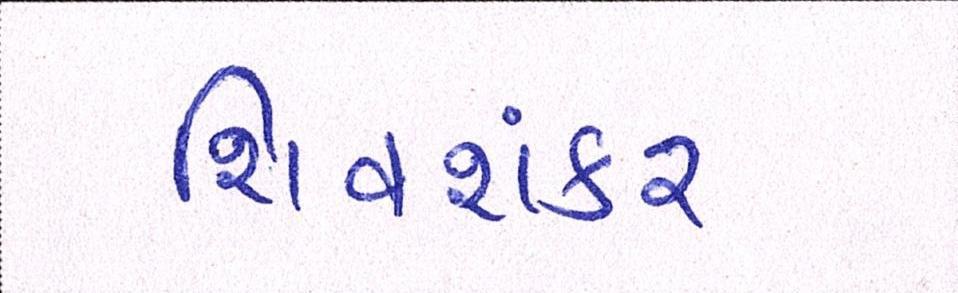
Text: શિવશંકર